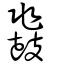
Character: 鼗